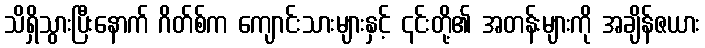
သိရှိသွားပြီးနောက် ဂိတ်စ်က ကျောင်းသားများနှင့် ၎င်းတို့၏ အတန်းများကို အချိန်ဇယား